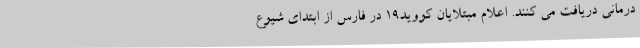
درمانی دریافت می کنند. اعلام مبتلایان کووید19 در فارس از ابتدای شیوع